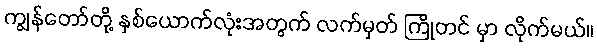
ကျွန်တော်တို့ နှစ်ယောက်လုံးအတွက် လက်မှတ် ကြိုတင် မှာ လိုက်မယ်။